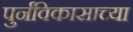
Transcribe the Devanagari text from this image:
पुर्नविकासाच्या